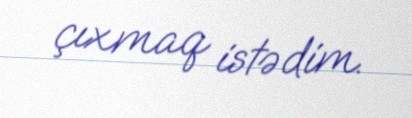
çıxmaq istədim.